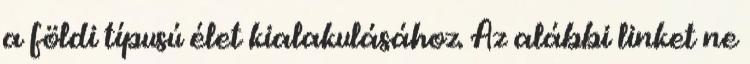
a földi típusú élet kialakulásához. Az alábbi linket ne